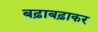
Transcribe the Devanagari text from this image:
बढ़ाबढ़ाकर